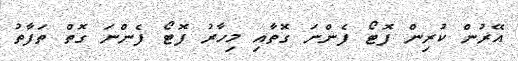
އޭރުން ކުރިން ފޮޓޯ ފެންނަ ގޮތާއި މިހާރު ފޮޓޯ ފެންނަ ގޮތް ތަފާތު